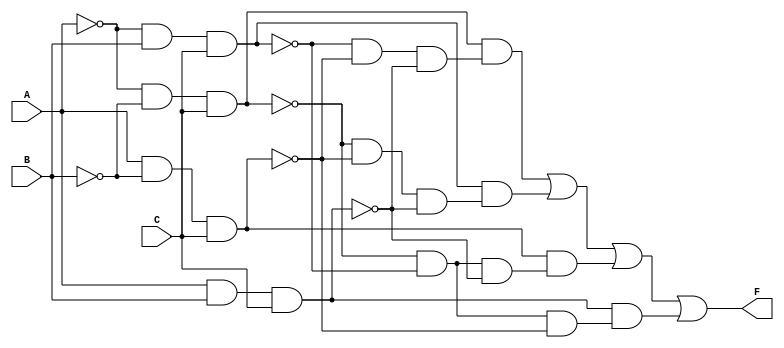
module EPI_Identifier (
    input wire A,      // Input variable A
    input wire B,      // Input variable B
    input wire C,      // Input variable C
    output wire F      // Output of the Boolean function
);

// Define the minterms for the Boolean function
// For example, let's assume the function is true for minterms 1, 3, 5, and 7
// Minterms: 001, 011, 101, 111 (A'B'C', A'BC, AB'C, ABC)
wire m1 = (~A & ~B & C);  // minterm 1
wire m3 = (~A & B & C);   // minterm 3
wire m5 = (A & ~B & C);   // minterm 5
wire m7 = (A & B & C);    // minterm 7

// Identify prime implicants
// In this case, we will directly use the minterms as prime implicants
wire PI1 = m1; // A'B'C'
wire PI2 = m3; // A'BC
wire PI3 = m5; // AB'C
wire PI4 = m7; // ABC

// Identify essential prime implicants
// An EPI is one that covers at least one minterm that no other implicant covers
wire EPI1 = PI1 & (~PI2 & ~PI3 & ~PI4); // EPI1 covers minterm 1
wire EPI2 = PI2 & (~PI1 & ~PI3 & ~PI4); // EPI2 covers minterm 3
wire EPI3 = PI3 & (~PI1 & ~PI2 & ~PI4); // EPI3 covers minterm 5
wire EPI4 = PI4 & (~PI1 & ~PI2 & ~PI3); // EPI4 covers minterm 7

// Final output logic combining essential prime implicants
assign F = EPI1 | EPI2 | EPI3 | EPI4;

endmodule